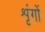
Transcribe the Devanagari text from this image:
शृंगों